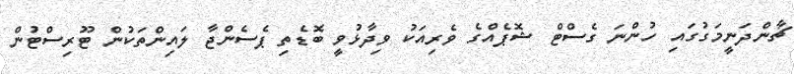
ޗާންދަނީމަގުގައި ހުންނަ ގެސްޓް ޝޮޕެއްގެ ވެރިއަކު ވިދާޅުވީ ބޮޑެތި ޕެސެންޖާ ލައިންތަކުން ޓޫރިސްޓުން